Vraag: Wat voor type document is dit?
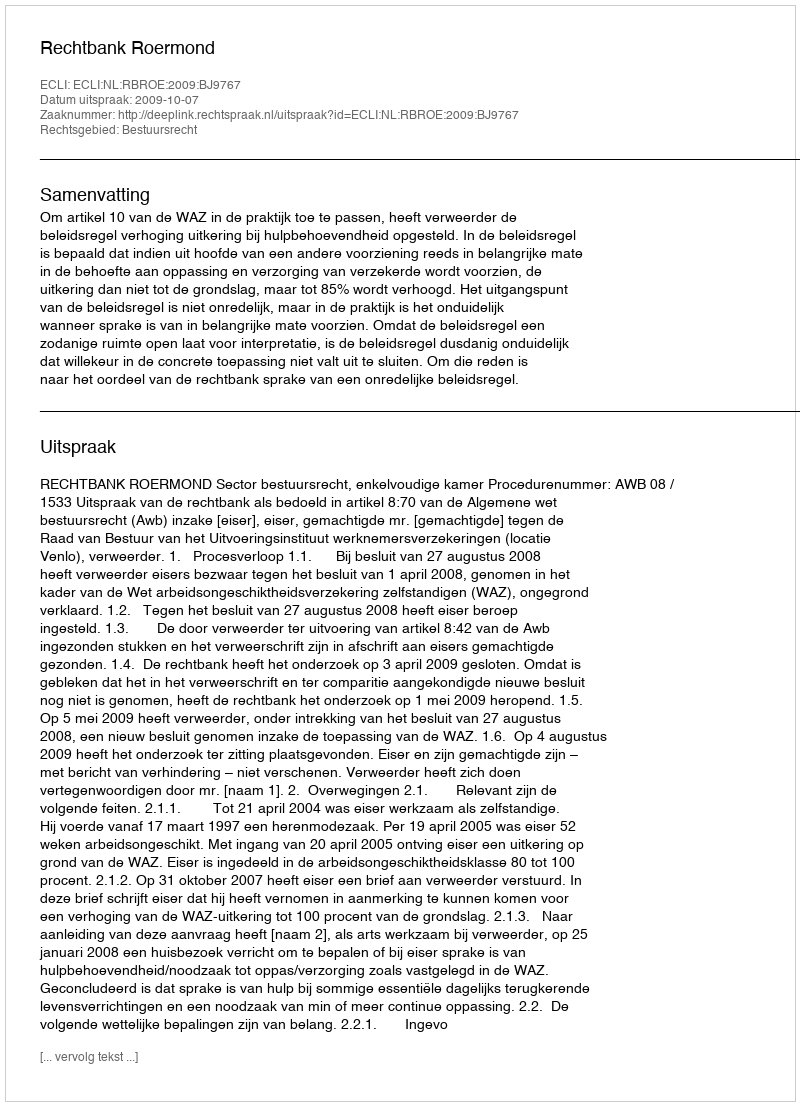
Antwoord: Uitspraak